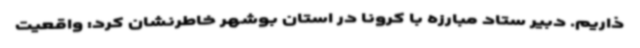
ذاریم. دبیر ستاد مبارزه با کرونا در استان بوشهر خاطرنشان کرد: واقعیت